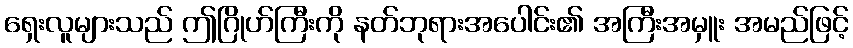
ရှေးလူများသည် ဤဂြိုဟ်ကြီးကို နတ်ဘုရားအပေါင်း၏ အကြီးအမှူး အမည်ဖြင့်